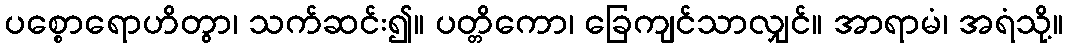
ပစ္စောရောဟိတွာ၊ သက်ဆင်း၍။ ပတ္တိကော၊ ခြေကျင်သာလျှင်။ အာရာမံ၊ အရံသို့။